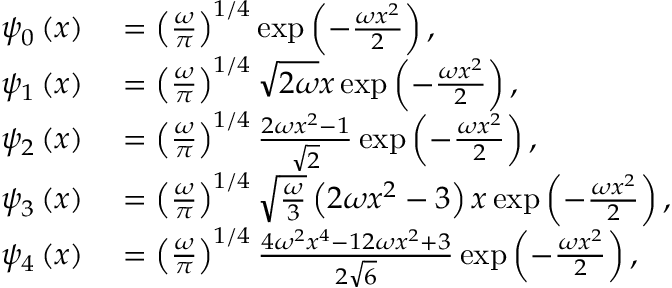
\begin{array} { r l } { \psi _ { 0 } \left( x \right) } & { { } = \left( \frac { \omega } { \pi } \right) ^ { 1 / 4 } \exp \left( - \frac { \omega x ^ { 2 } } { 2 } \right) , } \\ { \psi _ { 1 } \left( x \right) } & { { } = \left( \frac { \omega } { \pi } \right) ^ { 1 / 4 } \sqrt { 2 \omega } x \exp \left( - \frac { \omega x ^ { 2 } } { 2 } \right) , } \\ { \psi _ { 2 } \left( x \right) } & { { } = \left( \frac { \omega } { \pi } \right) ^ { 1 / 4 } \frac { 2 \omega x ^ { 2 } - 1 } { \sqrt { 2 } } \exp \left( - \frac { \omega x ^ { 2 } } { 2 } \right) , } \\ { \psi _ { 3 } \left( x \right) } & { { } = \left( \frac { \omega } { \pi } \right) ^ { 1 / 4 } \sqrt { \frac { \omega } { 3 } } \left( 2 \omega x ^ { 2 } - 3 \right) x \exp \left( - \frac { \omega x ^ { 2 } } { 2 } \right) , } \\ { \psi _ { 4 } \left( x \right) } & { { } = \left( \frac { \omega } { \pi } \right) ^ { 1 / 4 } \frac { 4 \omega ^ { 2 } x ^ { 4 } - 1 2 \omega x ^ { 2 } + 3 } { 2 \sqrt { 6 } } \exp \left( - \frac { \omega x ^ { 2 } } { 2 } \right) , } \end{array}